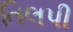
તિલપી